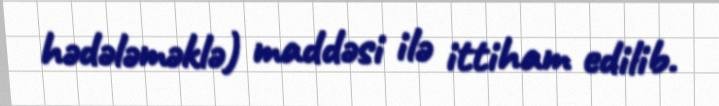
hədələməklə) maddəsi ilə ittiham edilib.